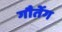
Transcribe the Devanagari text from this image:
गौतेंग